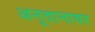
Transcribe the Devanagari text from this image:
अनूदानावर